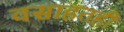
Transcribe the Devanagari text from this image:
वसाहतही